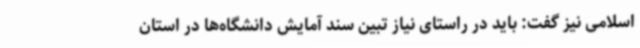
اسلامی نیز گفت: باید در راستای نیاز تبین سند آمایش دانشگاه‌ها در استان